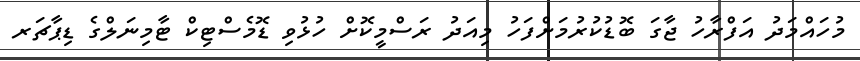
މުހައްމަދު އަފްރާހު ޖާގަ ބޮޑުކުރުމަށްފަހު މިއަދު ރަސްމީކޮށް ހުޅުވި ޑޮމެސްޓިކް ޓާމިނަލްގެ ޑިޕާޗަރ